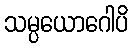
သမ္ပယောဂေါပိ